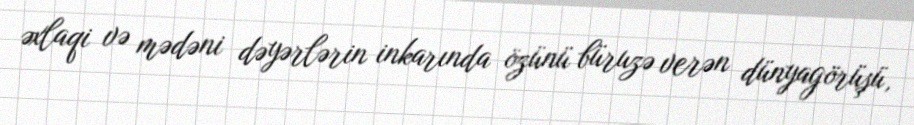
əxlaqi və mədəni dəyərlərin inkarında özünü büruzə verən dünyagörüşü,